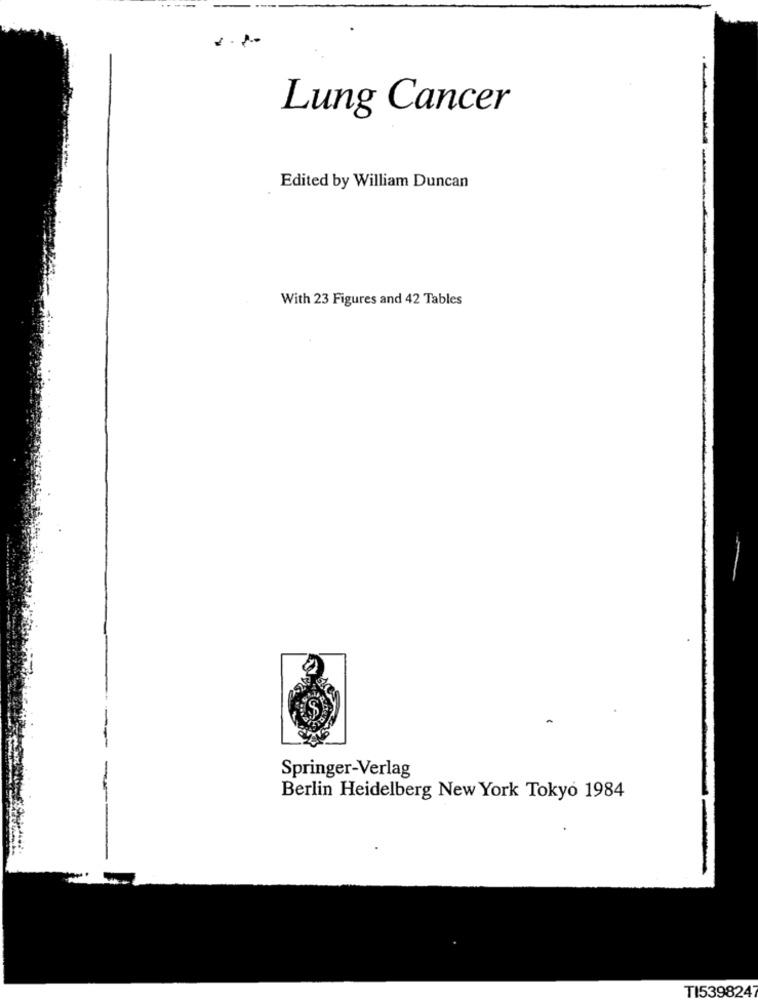
Lung Cancer
Edited by William Duncan
With 23 Figures and 42 Tables
Springer-Verlag
Berlin Heidelberg New York Tokyo 1984
TI5398247